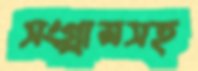
সংগ্রামসহ